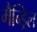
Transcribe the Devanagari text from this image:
मैन्ड्रिल